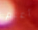
أعلم